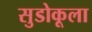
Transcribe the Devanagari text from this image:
सुडोकूला